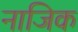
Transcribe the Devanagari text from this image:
नाजिक